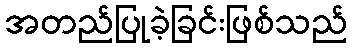
အတည်ပြုခဲ့ခြင်းဖြစ်သည်